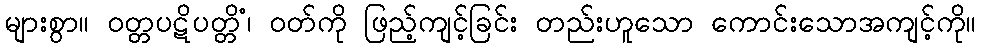
များစွာ။ ဝတ္တပဋိပတ္တိံ၊ ဝတ်ကို ဖြည့်ကျင့်ခြင်း တည်းဟူသော ကောင်းသောအကျင့်ကို။